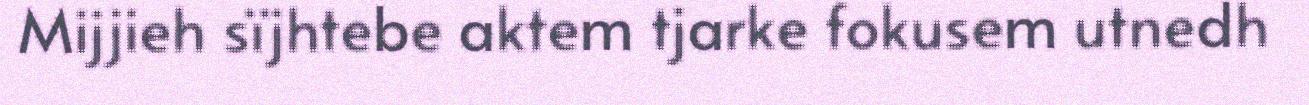
Mijjieh sïjhtebe aktem tjarke fokusem utnedh